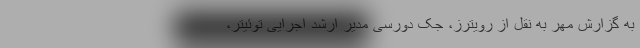
به گزارش مهر به نقل از رویترز، جک دورسی مدیر ارشد اجرایی توئیتر،